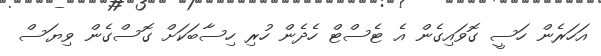
އަހަރެން ހަސީ ގޮވައިގެން އެ ޓެސްޓް ހެދެން ހުރި ހިސާބަކަށް ގޮސްގެން ވިޔަސް